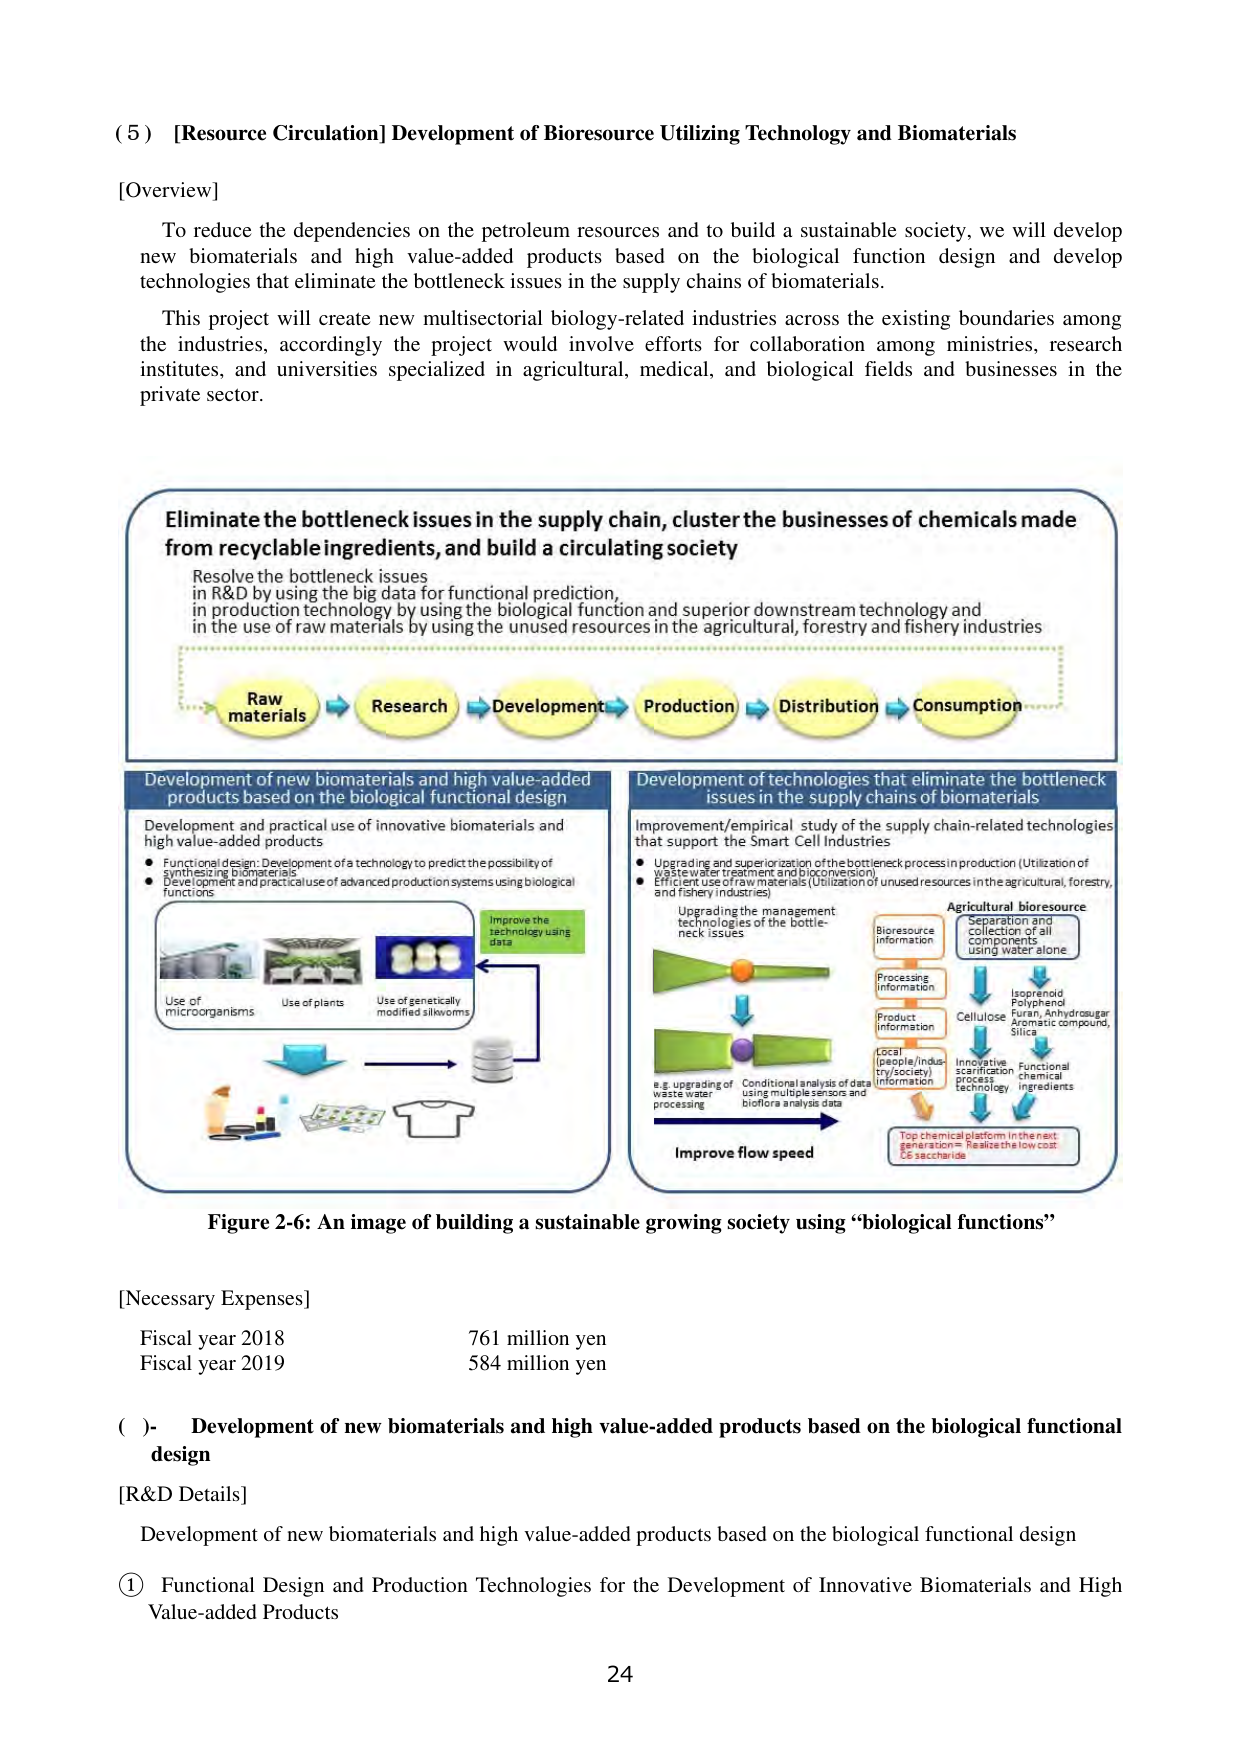
(5) [Resource Circulation] Development of Bioresource Utilizing Technology and Biomaterials

[Overview]

To reduce the dependencies on the petroleum resources and to build a sustainable society, we will develop new biomaterials and high value-added products based on the biological function design and develop technologies that eliminate the bottleneck issues in the supply chains of biomaterials.

This project will create new multisectoral biology-related industries across the existing boundaries among the industries, accordingly the project would involve efforts for collaboration among ministries, research institutes, and universities specialized in agricultural, medical, and biological fields and businesses in the private sector.

Eliminate the bottleneck issues in the supply chain, cluster the businesses of chemicals made from recyclable ingredients, and build a circulating society

Resolve the bottleneck issues
in R&D by using the big data for functional prediction,
in production technology by using the biological function and superior downstream technology and
in the use of raw materials by using the unused resources in the agricultural, forestry and fishery industries

Raw materials → Research → Development → Production → Distribution → Consumption

Development of new biomaterials and high value-added products based on the biological functional design

Development and practical use of innovative biomaterials and high value-added products
• Functional design: Development of a technology to predict the possibility of synthesizing biomaterials
• Development and practical use of advanced production systems using biological functions

Use of microorganisms
Use of plants
Use of genetically modified silkworms

Improve the technology using data

Development of technologies that eliminate the bottleneck issues in the supply chains of biomaterials

Improvement/empirical study of the supply chain-related technologies that support the Smart Cell Industries
• Upgrading and superiorization of the bottleneck process in production (Utilization of wastewater treatment and bioreversion)
• Efficient use of raw materials (Utilization of unused resources in the agricultural, forestry, and fishery industries)

Upgrading the management technologies of the bottleneck issues

e.g. upgrading of waste water processing

Conditional analysis of data using multiple sensors and bioflora analysis data

Improve flow speed

Agricultural bioresource
Separation and collection of all components using water alone

Bioresource information
Processing information
Product information
LOCAL (people/industry/society) information

Cellulose
Isoprenoid
Polyphenol
Furan, Anhydrosugar
Aromatic compound,
Silica

Innovative saccharification process technology
Functional chemical ingredients

Top chemical platform in the next generation: Realize the low cost C6 saccharide

Figure 2-6: An image of building a sustainable growing society using “biological functions”

[Necessary Expenses]
Fiscal year 2018 761 million yen
Fiscal year 2019 584 million yen

( )- Development of new biomaterials and high value-added products based on the biological functional design

[R&D Details]
Development of new biomaterials and high value-added products based on the biological functional design

① Functional Design and Production Technologies for the Development of Innovative Biomaterials and High Value-added Products

24